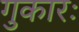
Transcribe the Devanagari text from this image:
गुकारः